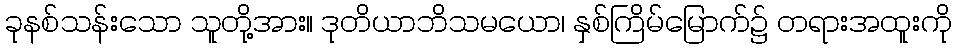
ခုနစ်သန်းသော သူတို့အား။ ဒုတိယာဘိသမယော၊ နှစ်ကြိမ်မြောက်၌ တရားအထူးကို